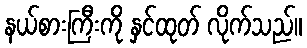
နယ်စားကြီးကို နှင်ထုတ် လိုက်သည်။